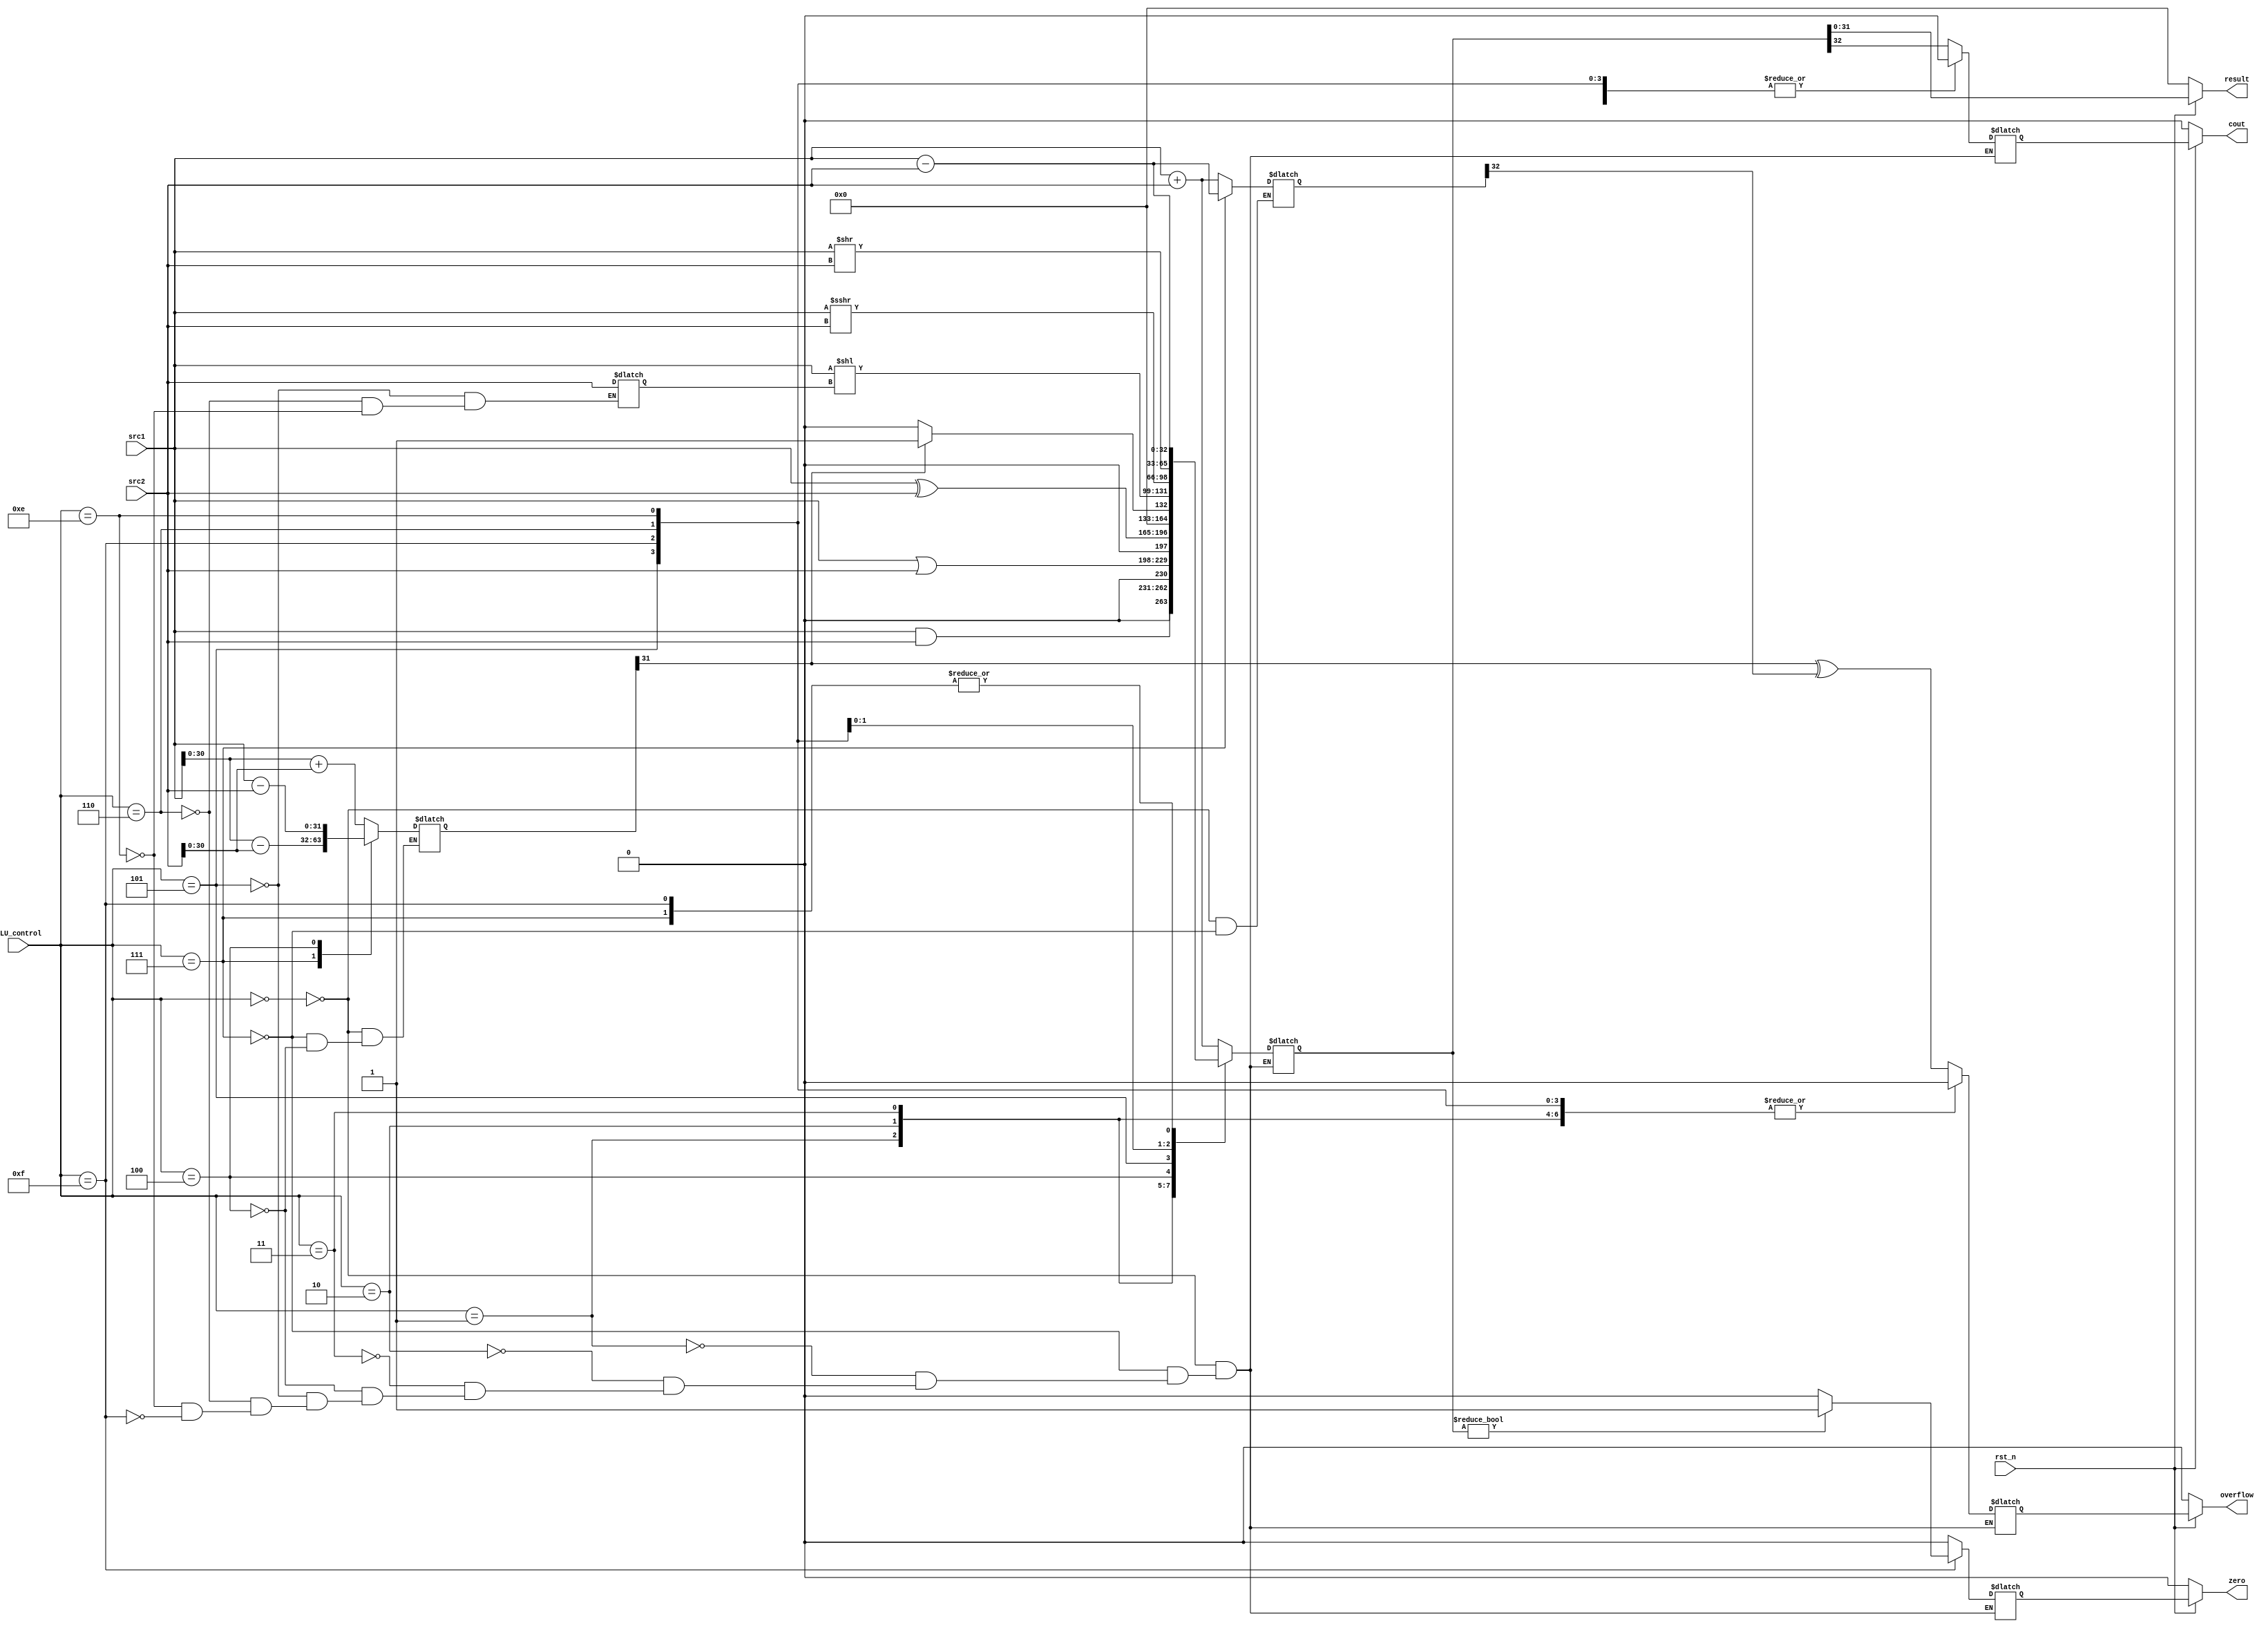
/***************************************************
Student Name:	Ia 
Student ID:	0716241 0816137
***************************************************/
`timescale 1ns/1ps

module alu(
	input                   rst_n,         // negative reset            (input)
	input	     		[32-1:0]	src1,          // 32 bits source 1          (input)
	input	     		[32-1:0]	src2,          // 32 bits source 2          (input)
	input 	      [ 4-1:0] ALU_control,   // 4 bits ALU control input  (input)
	output reg   	[32-1:0]	result,        // 32 bits result            (output)
	output reg              zero,          // 1 bit when the output is 0, zero must be set (output)
	output reg              cout,          // 1 bit carry out           (output)
	output reg              overflow       // 1 bit overflow            (output)
	);
/* Write your code HERE */
reg [33-1:0]result_k;
reg zero_k;
reg overflow_k;
reg cout_k;
reg [31:0]result_c31;
reg [32:0]result_c32;
reg res_and,res_or,res_add;
integer intger_n;
always@(*)
begin
	case(ALU_control)
		4'b0000://add addi
		begin
			result_k<=src1+src2;
			result_c31<=src1[30:0]+src2[30:0];
			result_c32<=src1+src2;
			zero_k<=0;
			cout_k<=result_k[32];
			overflow_k<=result_c31[31]^result_c32[32];
		end
		4'b0111://sub
		begin
			result_k<=src1-src2;
			result_c31<=src1[30:0]-src2[30:0];
			result_c32<=src1-src2;
			zero_k<=0;
			cout_k<=result_k[32];
			overflow_k<=result_c31[31]^result_c32[32];
		end
		4'b0001://and andi
		begin
			result_k<=src1&src2;
			zero_k<=0;
			cout_k<=0;
			overflow_k<=0;
		end
		4'b0010://or ori
		begin
			result_k<=src1|src2;
			zero_k<=0;
			cout_k<=0;
			overflow_k<=0;
		end
		4'b0011://xor
		begin
			result_k<=(src1)^(src2);
			zero_k<=0;
			cout_k<=0;
			overflow_k<=0;
		end
		4'b0100://slt slti
		begin
			result_c31<=src1-src2;
			if(result_c31[31]==1)
				result_k<=1;
			else
				result_k<=0;
			zero_k<=0;
			cout_k<=0;
			overflow_k<=result_c31[31]^result_c32[32];
		end
		4'b0101://sll slli
		begin
			intger_n<=src2;
			result_k<=(src1)<<intger_n;
			zero_k<=0;
			cout_k<=0;
			overflow_k<=0;
		end
		4'b0110://sra
		begin
			intger_n<=src2;
			result_k<=(src1)>>>src2;
			zero_k<=0;
			cout_k<=0;
			overflow_k<=0;
		end	
		4'b1110://srli
		begin
			intger_n<=src2;
			result_k<=(src1)>>src2;
			zero_k<=0;
			cout_k<=0;
			overflow_k<=0;
		end	
		4'b1110://beq
		begin
			result_k<=src1-src2;
			if(result_k==0)
				zero_k<=1;
			else
				zero_k<=0;
			cout_k<=0;
			overflow_k<=0;
		end
		4'b1111://bne
		begin
			result_k<=src1-src2;
			if(result_k!=0)
				zero_k<=1;
			else
				zero_k<=0;
			cout_k<=0;
			overflow_k<=0;
		end
	endcase
	if(rst_n==0)
	begin
		result<= 0;
		zero<= 0;
		cout<= 0;
		overflow<= 0;
	end
	else
	begin
		result<=result_k;
		zero<=zero_k;
		cout<=cout_k;
		overflow<=overflow_k;
	end
end
endmodule